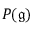
P ( { \mathfrak { g } } )